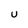
Character: U